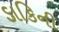
ડાકિની